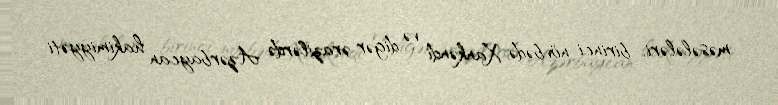
məsələləri, birinci növbədə Xankəndi və digər ərazilərdə Azərbaycan hakimiyyəti